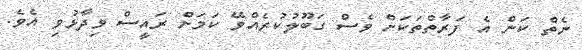
ނެތް ކަން އެ ފަރާތްތަކަށް ވެސް ގަބޫލުކުރެއްވޭ ކަމަށް ރައީސް ވިދާޅުވި އެވެ.